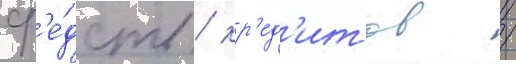
ср'е́дств / кр'ед'итов /